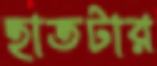
হাতটার